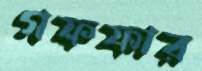
গফফার